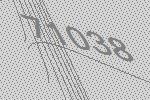
71038